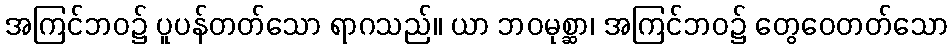
အကြင်ဘဝ၌ ပူပန်တတ်သော ရာဂသည်။ ယာ ဘဝမုစ္ဆာ၊ အကြင်ဘဝ၌ တွေဝေတတ်သော